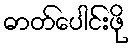
ဓာတ်ပေါင်းဖို